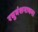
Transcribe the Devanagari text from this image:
रघुवंशनाथम।